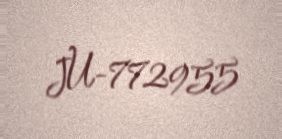
JU-772955